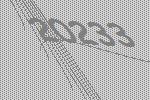
20233